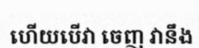
ហើយបើវា ចេញ វានឹង